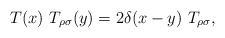
\begin{align*}T(x)~T_{\rho \sigma }(y)=2\delta (x-y)~T_{\rho \sigma }, \end{align*}